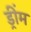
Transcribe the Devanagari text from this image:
ड्रींम